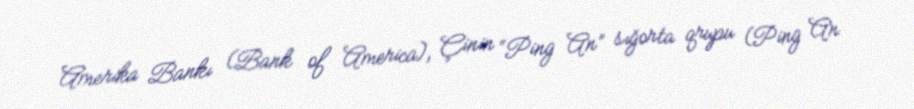
Amerika Bankı (Bank of America), Çinin “Ping An” sığorta qrupu (Ping An